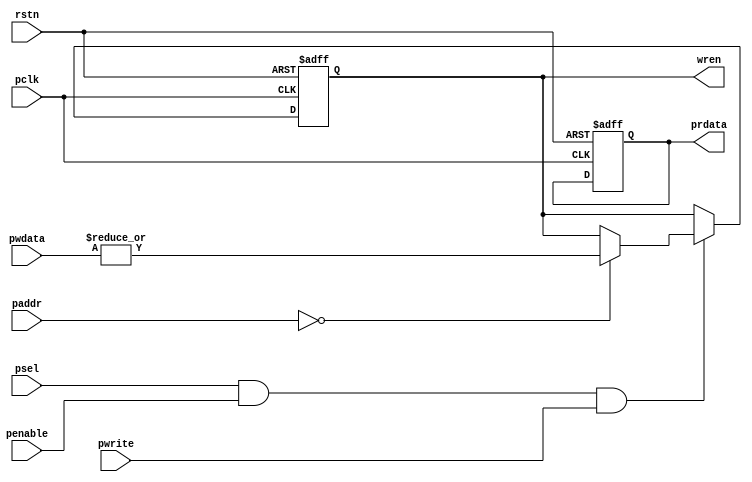
module apb_ethernet (
    input             rstn,
    input             pclk,           
    input      [ 3:0] paddr,   // ls 2 bits are unused 
    input             pwrite,
    input             psel,
    input             penable,
    input      [31:0] pwdata,
    output reg [31:0] prdata,
    //output            pready,
    //output            pslverr,

    //input   [7:0]   voice_cmd,
    output   reg       wren
);

wire apb_write = psel & penable &pwrite;
wire apb_read  = psel & ~pwrite;
//assign pready = 1'b1;
//assign pslverr = 1'b0;
always @(posedge pclk or negedge rstn)
  begin
     if (!rstn)
     begin
        wren      <= 1'b0;
        prdata    <= 32'h0;
     end // reset
     else
     begin
        
        if (apb_write)
        begin
           case (paddr)
           4'h0 : wren   <= |pwdata;
           endcase
        end
      //   if (apb_read)
      //   begin
      //      case (paddr)
      //      4'h0 : prdata[7:0] <= voice_cmd;
      //      endcase
      //   end
   //      else
   //         prdata <= 32'h0; // so we can OR all busses
      end
  end

endmodule